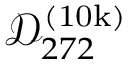
\mathcal { D } _ { 2 7 2 } ^ { ( \mathrm { 1 0 k } ) }